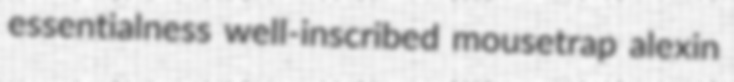
essentialness well-inscribed mousetrap alexin